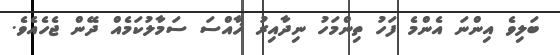
ބަލިވެ އިންނަ އެންމެ ފަހު ތިންމަހު ނިދާއިރު ޚާއްސަ ސަމާލުކަމެއް ދޭން ޖެހެއެވެ.